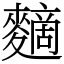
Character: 䵂